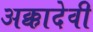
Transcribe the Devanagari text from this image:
अक्कादेवी